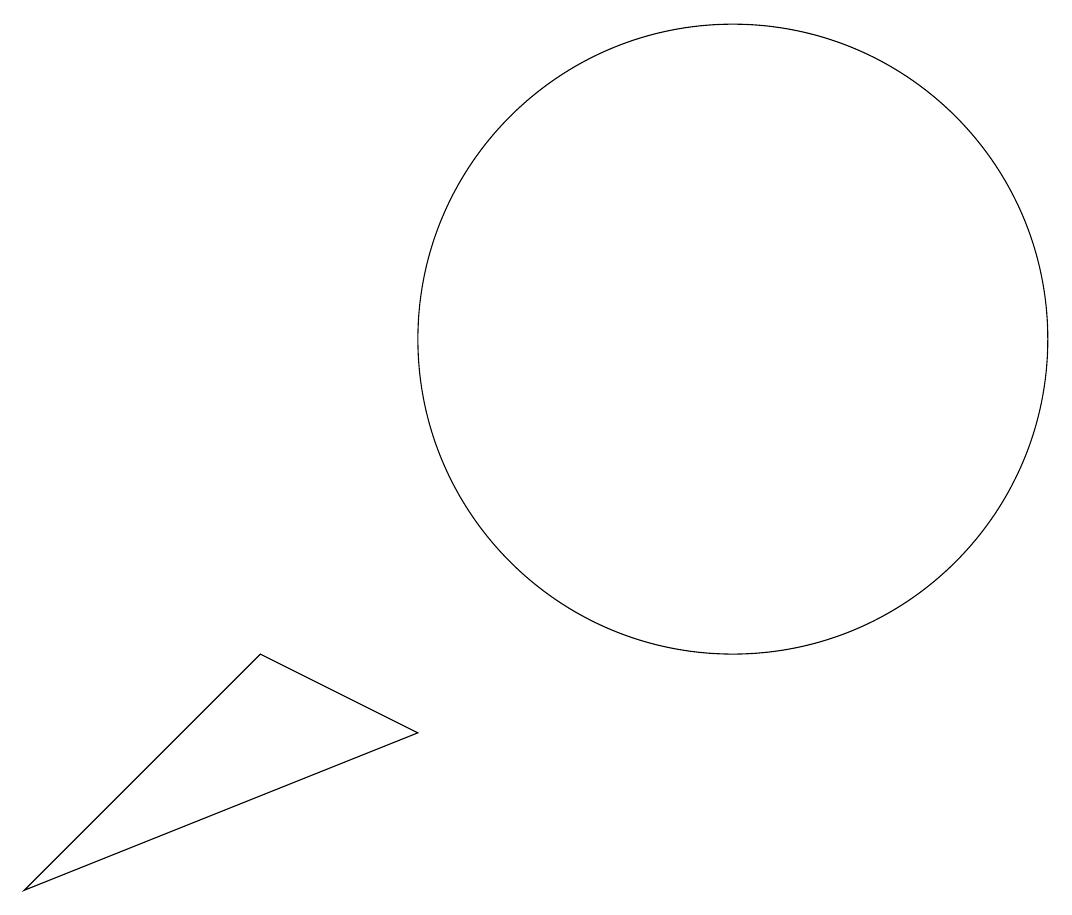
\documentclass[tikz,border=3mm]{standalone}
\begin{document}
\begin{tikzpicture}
\draw (1,5) -- (6,7) -- (4,8) -- cycle;
\draw (11,10) circle (0);
\draw (10,12) circle (4);
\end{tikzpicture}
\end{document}